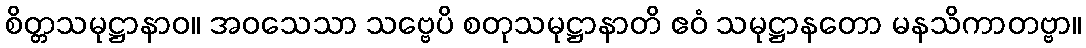
စိတ္တသမုဋ္ဌာနာဝ။ အဝသေသာ သဗ္ဗေပိ စတုသမုဋ္ဌာနာတိ ဧဝံ သမုဋ္ဌာနတော မနသိကာတဗ္ဗာ။